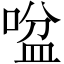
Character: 㖹